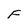
Character: F